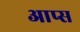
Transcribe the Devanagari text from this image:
आप्स